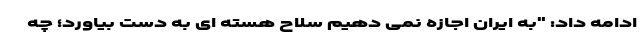
ادامه داد: "به ایران اجازه نمی دهیم سلاح هسته ای به دست بیاورد؛ چه